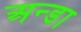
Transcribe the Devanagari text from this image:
अन्डा